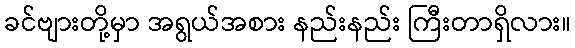
ခင်ဗျားတို့မှာ အရွယ်အစား နည်းနည်း ကြီးတာရှိလား။